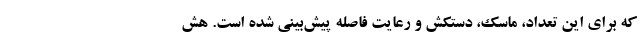
که برای این تعداد، ماسک، دستکش و رعایت فاصله پیش‌بینی شده است. هش